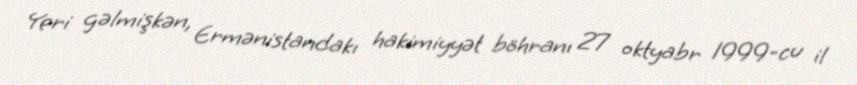
Yeri gəlmişkən, Ermənistandakı hakimiyyət böhranı 27 oktyabr 1999-cu il